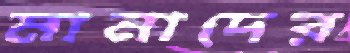
মানাদের